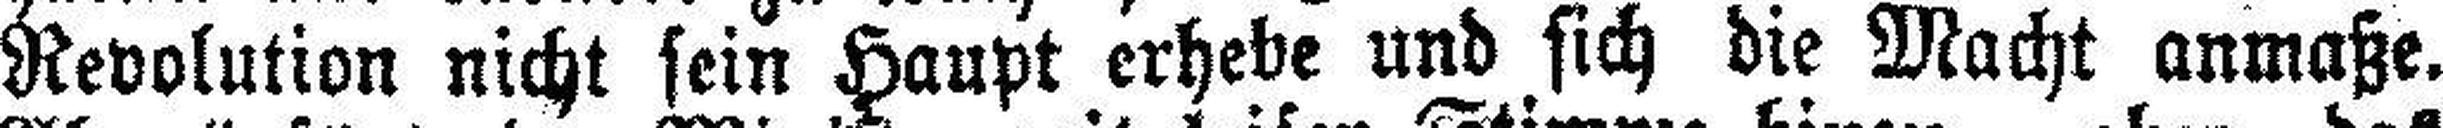
Revolution nicht sein Haupt erhebe und sich die Macht anmaße.